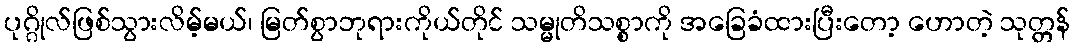
ပုဂ္ဂိုလ်ဖြစ်သွားလိမ့်မယ်၊ မြတ်စွာဘုရားကိုယ်တိုင် သမ္မုတိသစ္စာကို အခြေခံထားပြီးတော့ ဟောတဲ့ သုတ္တန်